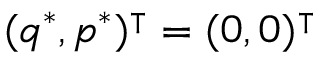
( q ^ { * } , p ^ { * } ) ^ { \intercal } = ( 0 , 0 ) ^ { \intercal }